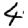
Digit: 4